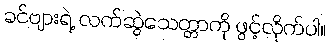
ခင်ဗျားရဲ့ လက်ဆွဲသေတ္တာကို ဖွင့်လိုက်ပါ။